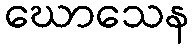
ဃောသေန